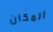
المكان